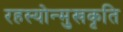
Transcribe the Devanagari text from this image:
रहस्योन्मुखकृति